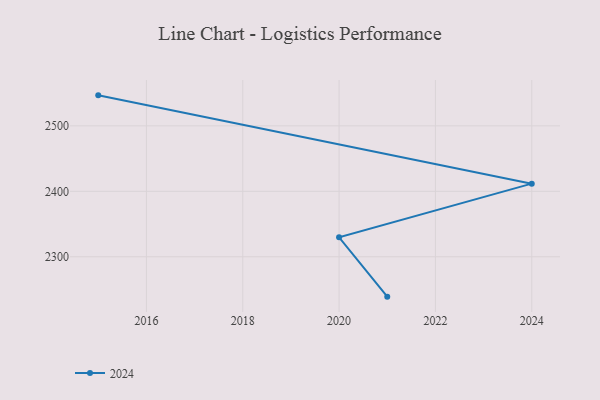
{"axis": {"x": "Year", "y": "Customer Acquisition Cost (USD)"}, "legend": ["2024"], "data": [{"x": "2015", "y": 2546.6, "type": "2024"}, {"x": "2024", "y": 2411.7, "type": "2024"}, {"x": "2020", "y": 2329.8, "type": "2024"}, {"x": "2021", "y": 2239.1, "type": "2024"}]}